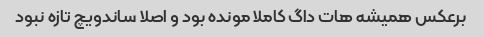
برعکس همیشه هات داگ کاملا مونده بود و اصلا ساندویچ تازه نبود